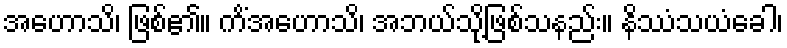
အဟောသိ၊ ဖြစ်၏။ ကိံအဟောသိ၊ အဘယ်သို့ဖြစ်သနည်း။ နိဿံသယံခေါ၊